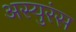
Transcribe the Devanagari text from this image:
अस्युरंस